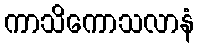
ကာသိကောသလာနံ